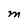
Character: M